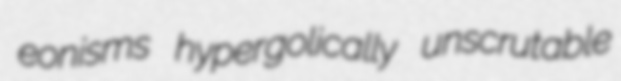
eonisms hypergolically unscrutable